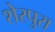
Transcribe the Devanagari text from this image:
शेरपुरा